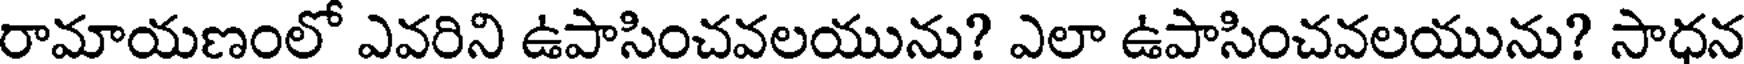
రామాయణంలో ఎవరిని ఉపాసించవలయును? ఎలా ఉపాసించవలయును? సాధన